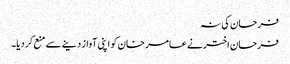
فرحان کی نہ
فرحان اختر نے عامر خان کو اپنی آواز دینے سے منع کر دیا۔